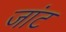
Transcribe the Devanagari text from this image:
जांट